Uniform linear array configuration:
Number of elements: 32
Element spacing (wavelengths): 0.25
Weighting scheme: uniform
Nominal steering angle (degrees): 45
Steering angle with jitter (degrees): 43.408
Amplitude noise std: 0.05
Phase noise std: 0.05

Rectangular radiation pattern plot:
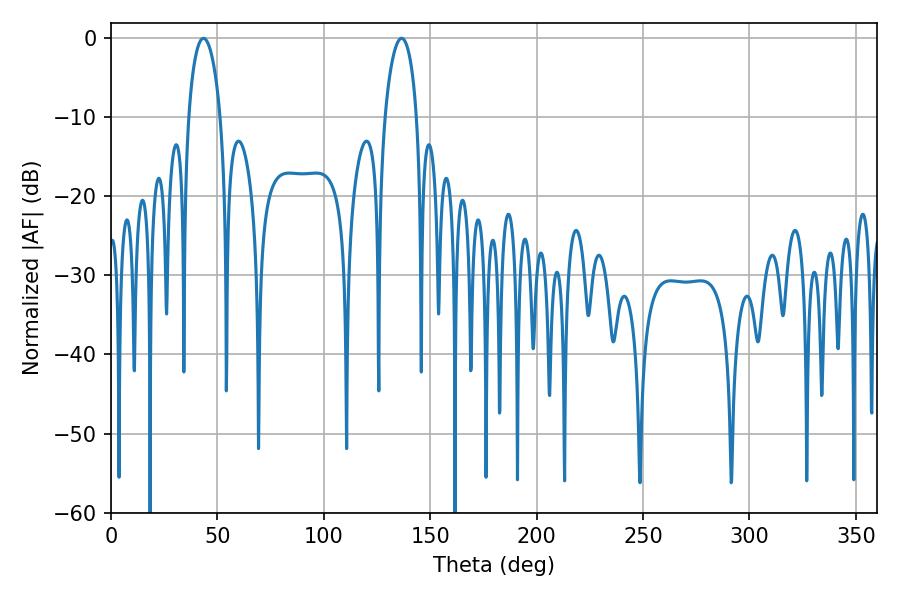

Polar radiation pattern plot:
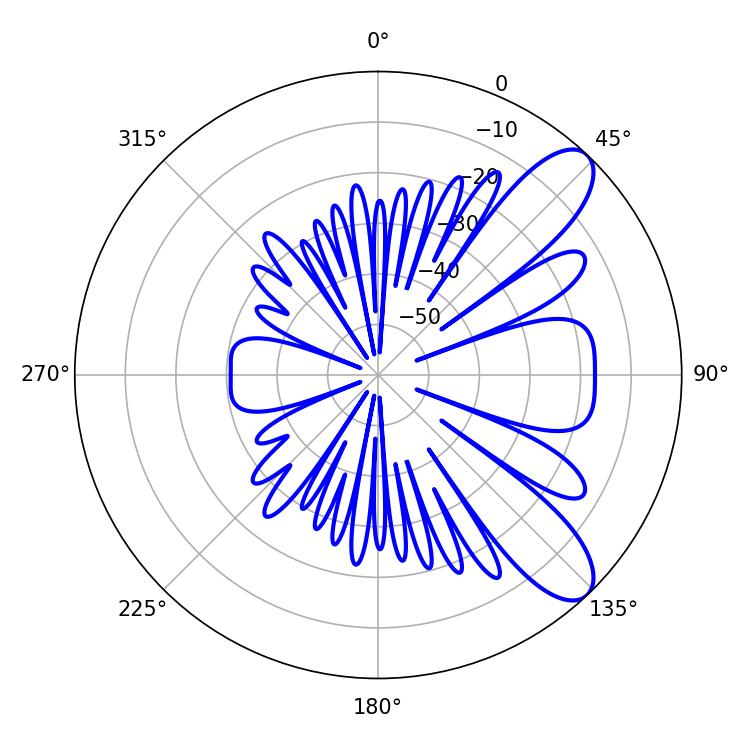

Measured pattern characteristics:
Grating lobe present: FALSE
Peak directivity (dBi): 9.225
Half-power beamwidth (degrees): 8.64
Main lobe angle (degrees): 43.38